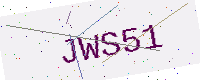
Text: JWS51